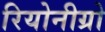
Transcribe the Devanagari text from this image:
रियोनीग्रो